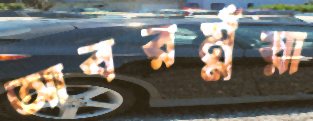
আবরম্নঁয়া